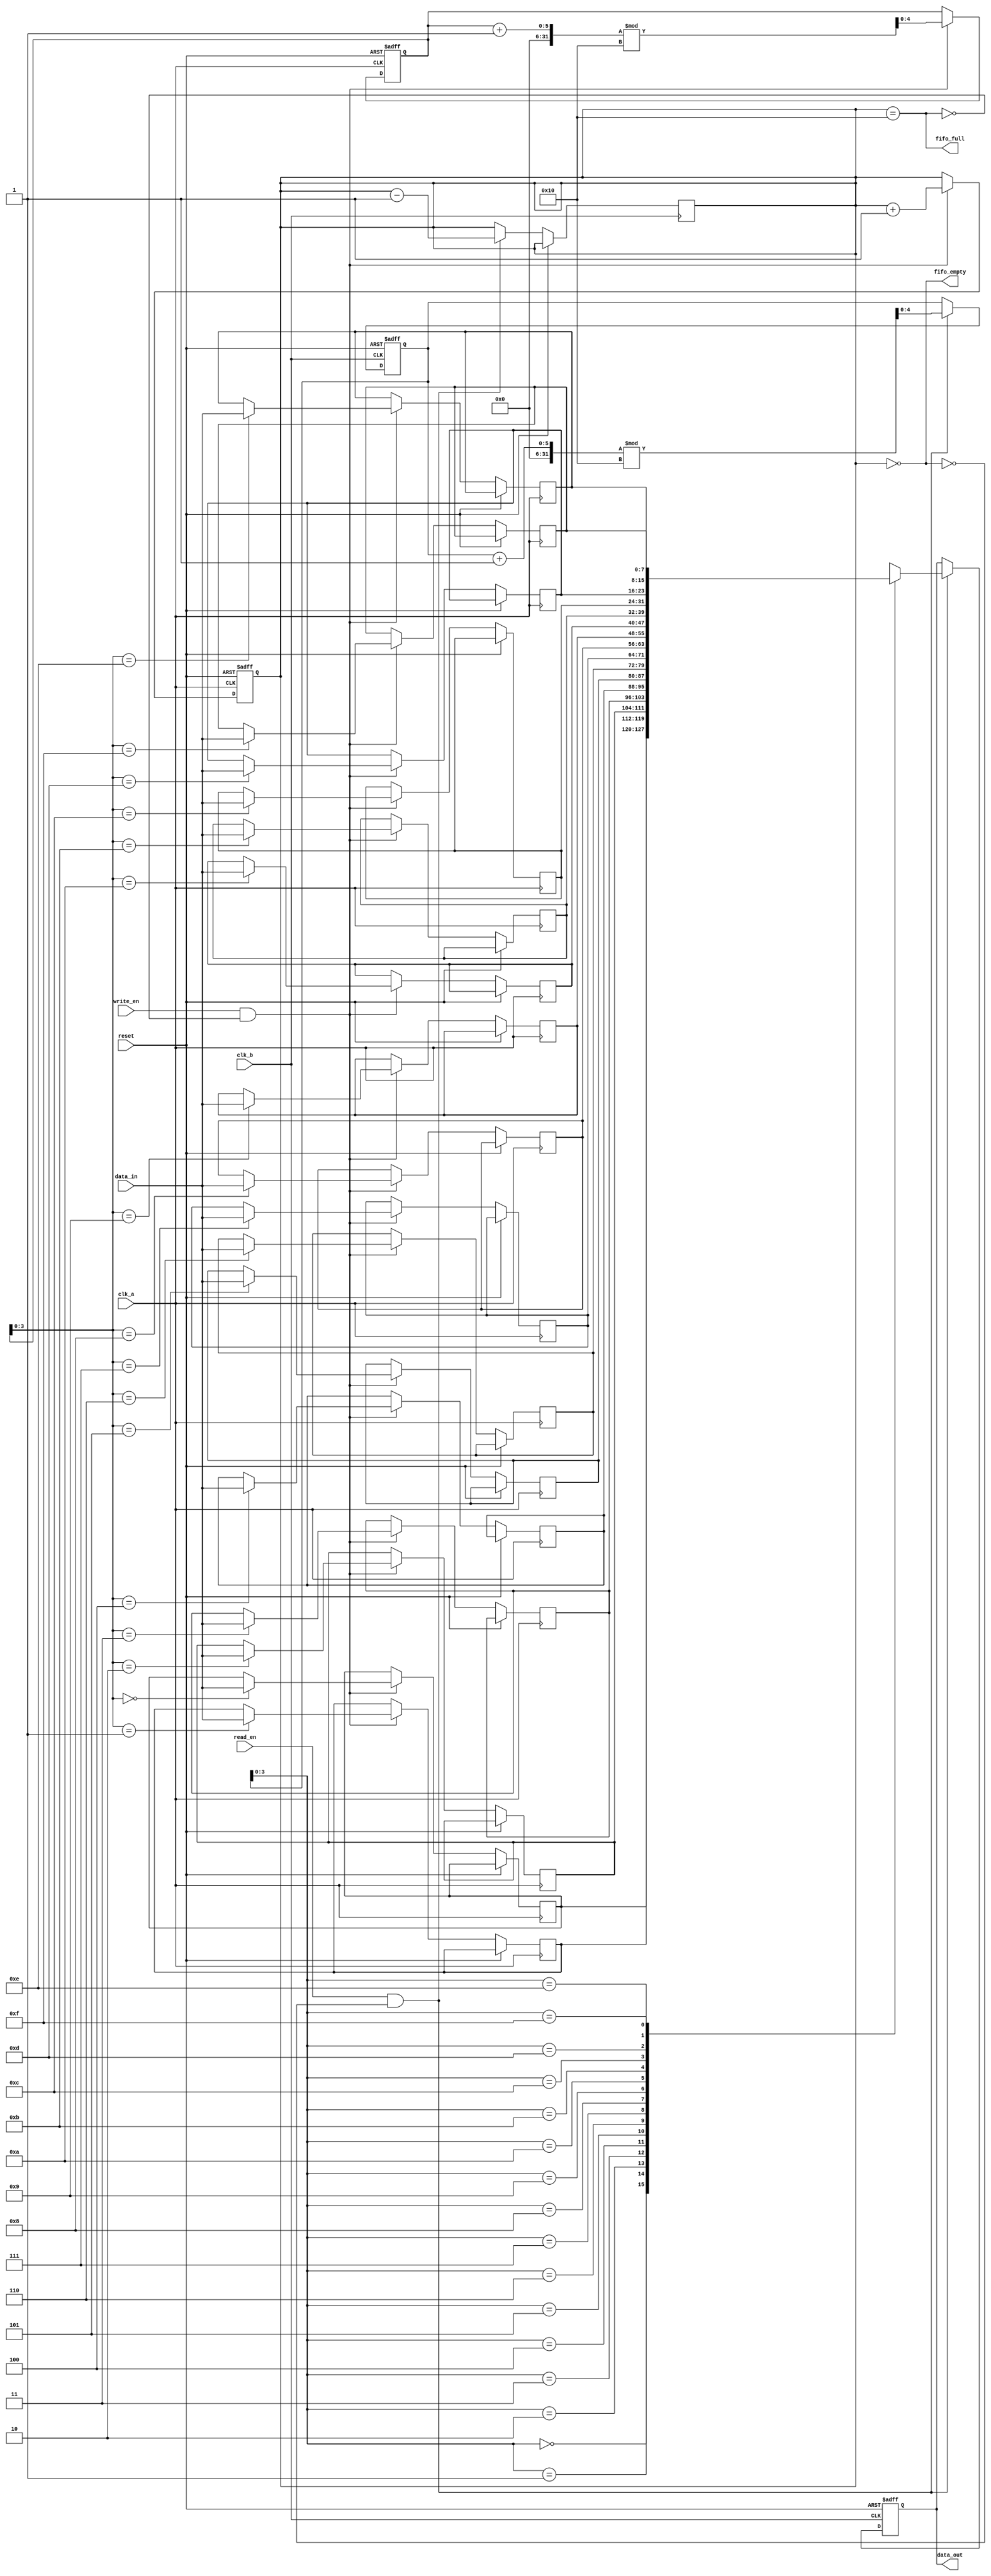
module fifo_synchronizer #(
    parameter DATA_WIDTH = 8, // Width of data
    parameter FIFO_DEPTH = 16  // Depth of FIFO (must be power of 2)
)(
    input wire clk_a,             // Clock A - write clock
    input wire clk_b,             // Clock B - read clock
    input wire reset,             // Asynchronous reset
    input wire [DATA_WIDTH-1:0] data_in, // Data input for FIFO
    input wire write_en,          // Write enable
    output wire fifo_full,        // FIFO full indicator
    output wire fifo_empty,       // FIFO empty indicator
    output reg [DATA_WIDTH-1:0] data_out, // Data output from FIFO
    input wire read_en            // Read enable
);

    // FIFO Memory
    reg [DATA_WIDTH-1:0] fifo_mem [0:FIFO_DEPTH-1];
    reg [4:0] write_ptr; // Write pointer
    reg [4:0] read_ptr;  // Read pointer
    reg [4:0] fifo_count; // Number of items in FIFO

    // Asynchronous reset
    always @(posedge clk_a or posedge reset) begin
        if (reset) begin
            write_ptr <= 0;
            fifo_count <= 0;
        end else begin
            if (write_en && !fifo_full) begin
                fifo_mem[write_ptr] <= data_in; // Write data into FIFO
                write_ptr <= (write_ptr + 1) % FIFO_DEPTH;
                fifo_count <= fifo_count + 1; // Increment count
            end
        end
    end

    // Read Logic
    always @(posedge clk_b or posedge reset) begin
        if (reset) begin
            read_ptr <= 0;
            data_out <= 0;
        end else begin
            if (read_en && !fifo_empty) begin
                data_out <= fifo_mem[read_ptr]; // Read data from FIFO
                read_ptr <= (read_ptr + 1) % FIFO_DEPTH;
                fifo_count <= fifo_count - 1; // Decrement count
            end
        end
    end

    // FIFO Full and Empty Flags
    assign fifo_full = (fifo_count == FIFO_DEPTH);
    assign fifo_empty = (fifo_count == 0);

endmodule